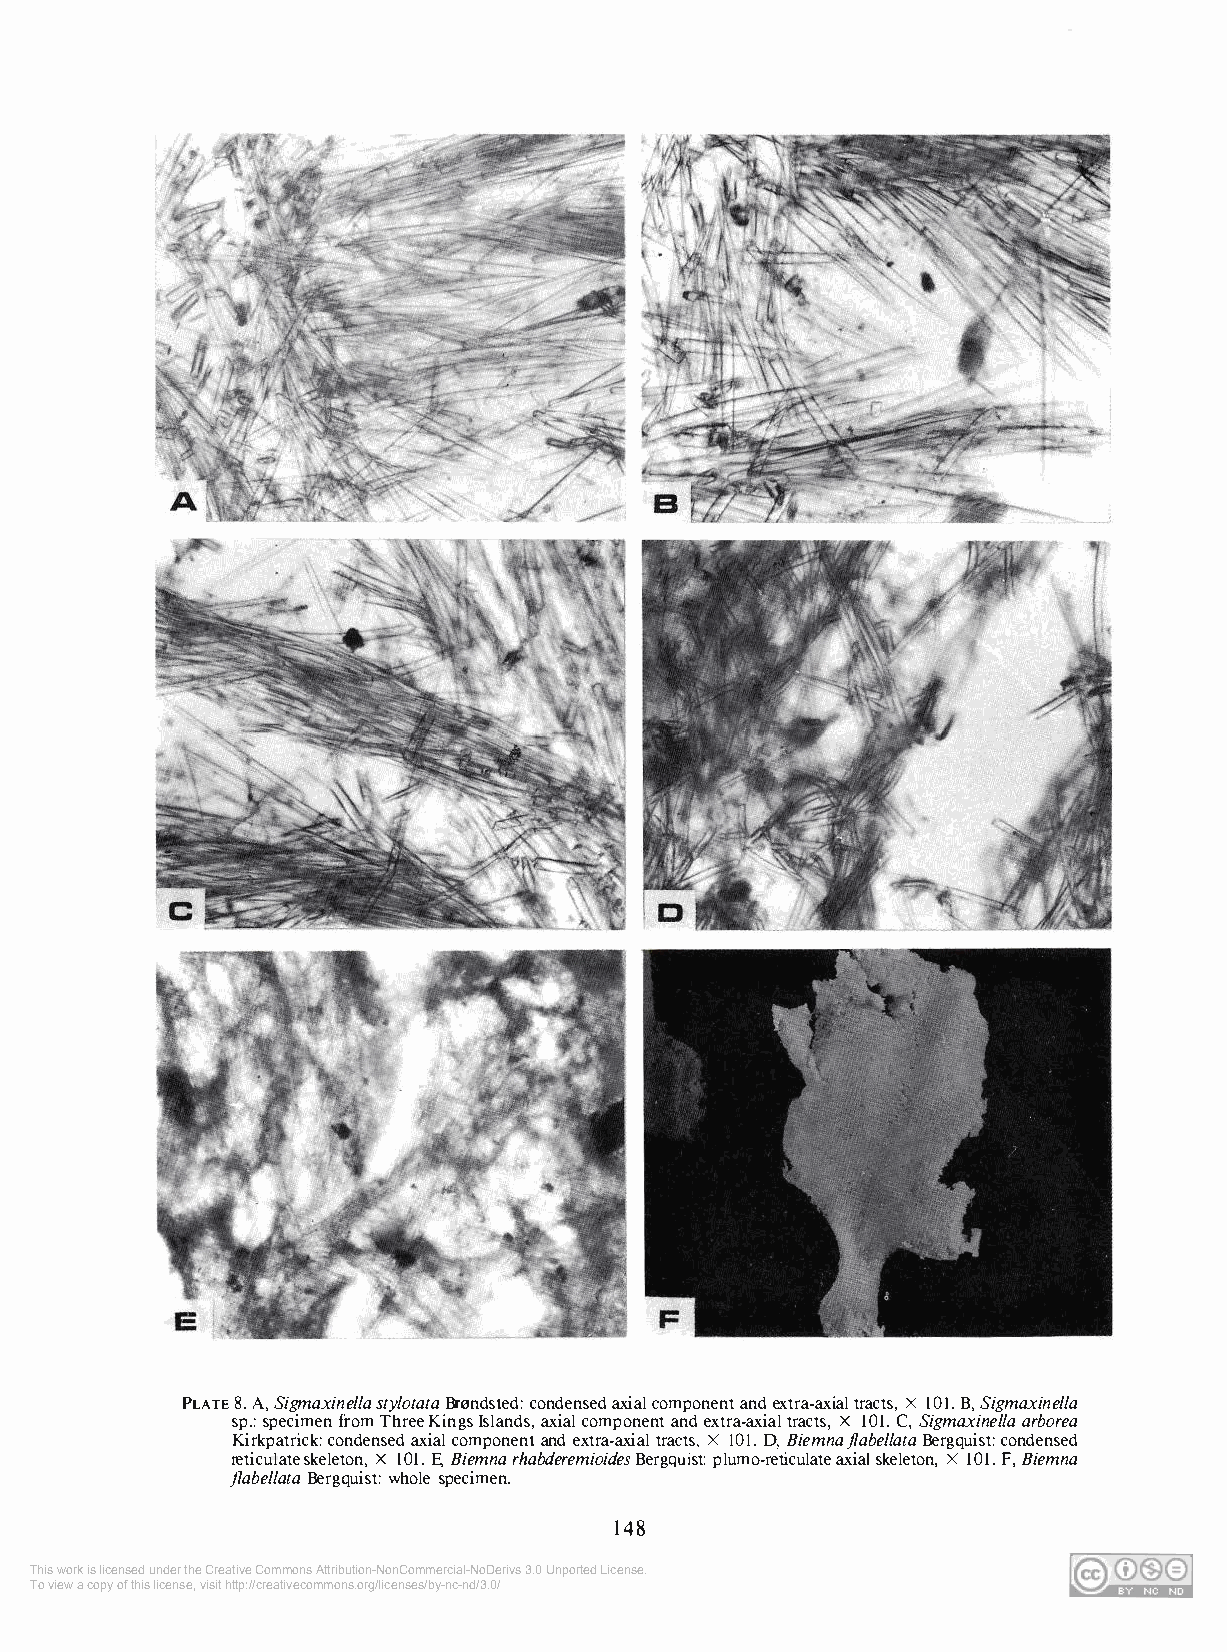
PLATE 8. A, Sigmaxinel/a sty/otata Brnndsted: condensed axial component and extra-axial tracts, X IOI. B, Sigmaxinel/a
 sp.: specimen from Three Kings Islands, axial component and extra-axial tracts, X 101. C, Sigmaxinel/a arborea
 Kirkpatrick: condensed axial component and extra-axial tracts, X IOI. D, Biemnaj/abel/ata Bergquist: condensed
 reticulate skeleton, X 101. E, Biemna rhabderemioides Bergquist: plumo-reticulate axial skeleton, X 101. F, Biemna
 j/abel/ata Bergquist: whole specimen.
 148
 This work is licensed under the Creative Commons Attribution-NonCommercial-NoDerivs 3.0 Unported License.
 To view a copy of this license, visit http://creativecommons.org/licenses/by-nc-nd/3.0/